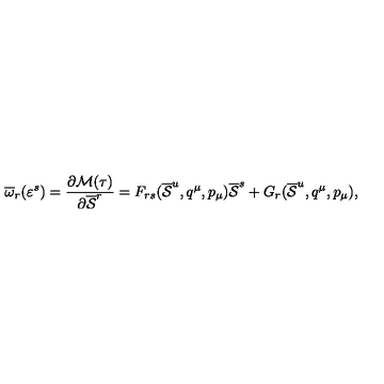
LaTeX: \overline { { \omega } } _ { r } ( \varepsilon ^ { s } ) = { \frac { \partial { \cal M } ( \tau ) } { \partial \overline { { \cal S } } ^ { r } } } = F _ { r s } ( \overline { { \cal S } } ^ { u } , q ^ { \mu } , p _ { \mu } ) \overline { { \cal S } } ^ { s } + G _ { r } ( \overline { { \cal S } } ^ { u } , q ^ { \mu } , p _ { \mu } ) ,